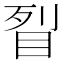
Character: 𥅮